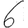
Digit: 6